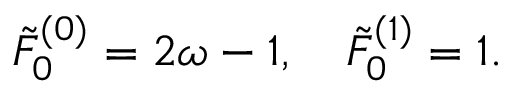
\tilde { F } _ { 0 } ^ { ( 0 ) } = 2 \omega - 1 , \quad \tilde { F } _ { 0 } ^ { ( 1 ) } = 1 .